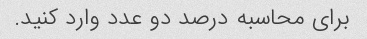
برای محاسبه درصد دو عدد وارد کنید.